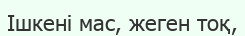
Ішкені мас, жеген тоқ,